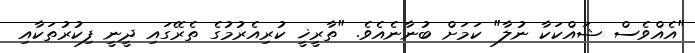
"އެއްވެސް ޝައްކަކާ ނުލާ" ކަމަށް ބުނާނެއެވެ. "ތާރީޚީ ކުރިއެރުމުގެ ތެރޭގައި ދީނީ ފިކުރުތަކާއި